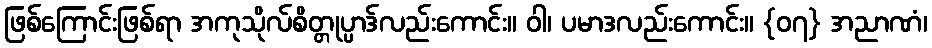
ဖြစ်ကြောင်းဖြစ်ရာ အကုသိုလ်စိတ္တုပ္ပာဒ်လည်းကောင်း။ ဝါ၊ ပမာဒလည်းကောင်း။ {၀၇} အညာဏံ၊